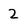
Character: 2